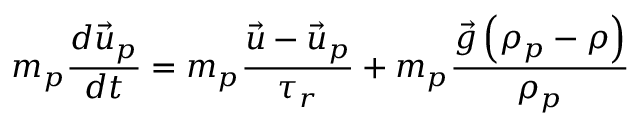
m _ { p } \frac { d \vec { u } _ { p } } { d t } = m _ { p } \frac { \vec { u } - \vec { u } _ { p } } { \tau _ { r } } + m _ { p } \frac { \vec { g } \left( \rho _ { p } - \rho \right) } { \rho _ { p } }